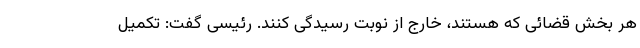
هر بخش قضائی که هستند، خارج از نوبت رسیدگی کنند. رئیسی گفت: تکمیل